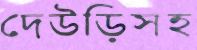
দেউড়িসহ